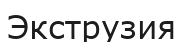
Экструзия